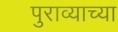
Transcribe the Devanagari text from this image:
पुराव्याच्या